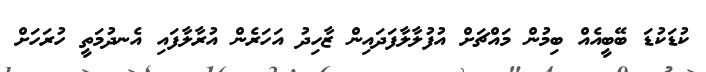
ކުޑަކުޑަ ބޭބީއެއް ބިމުން މައްޗަށް އުފުލާލާފަދައިން ޒާހިދު އަހަރެން އުރާލާފައި އެނދުމަތީ ހުރަހަށް